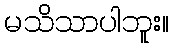
မသိသာပါဘူး။